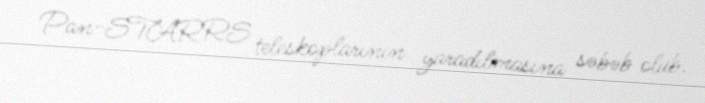
Pan-STARRS teleskoplarının yaradılmasına səbəb olub.